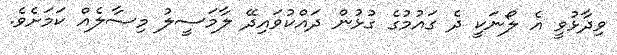
ވިދާޅުވީ އެ ލޯނަކީ ދެ ގައުމުގެ ގުޅުން ދައްކުވައިދޭ ލާމަސީލު މިސާލެއް ކަމަށެވެ.